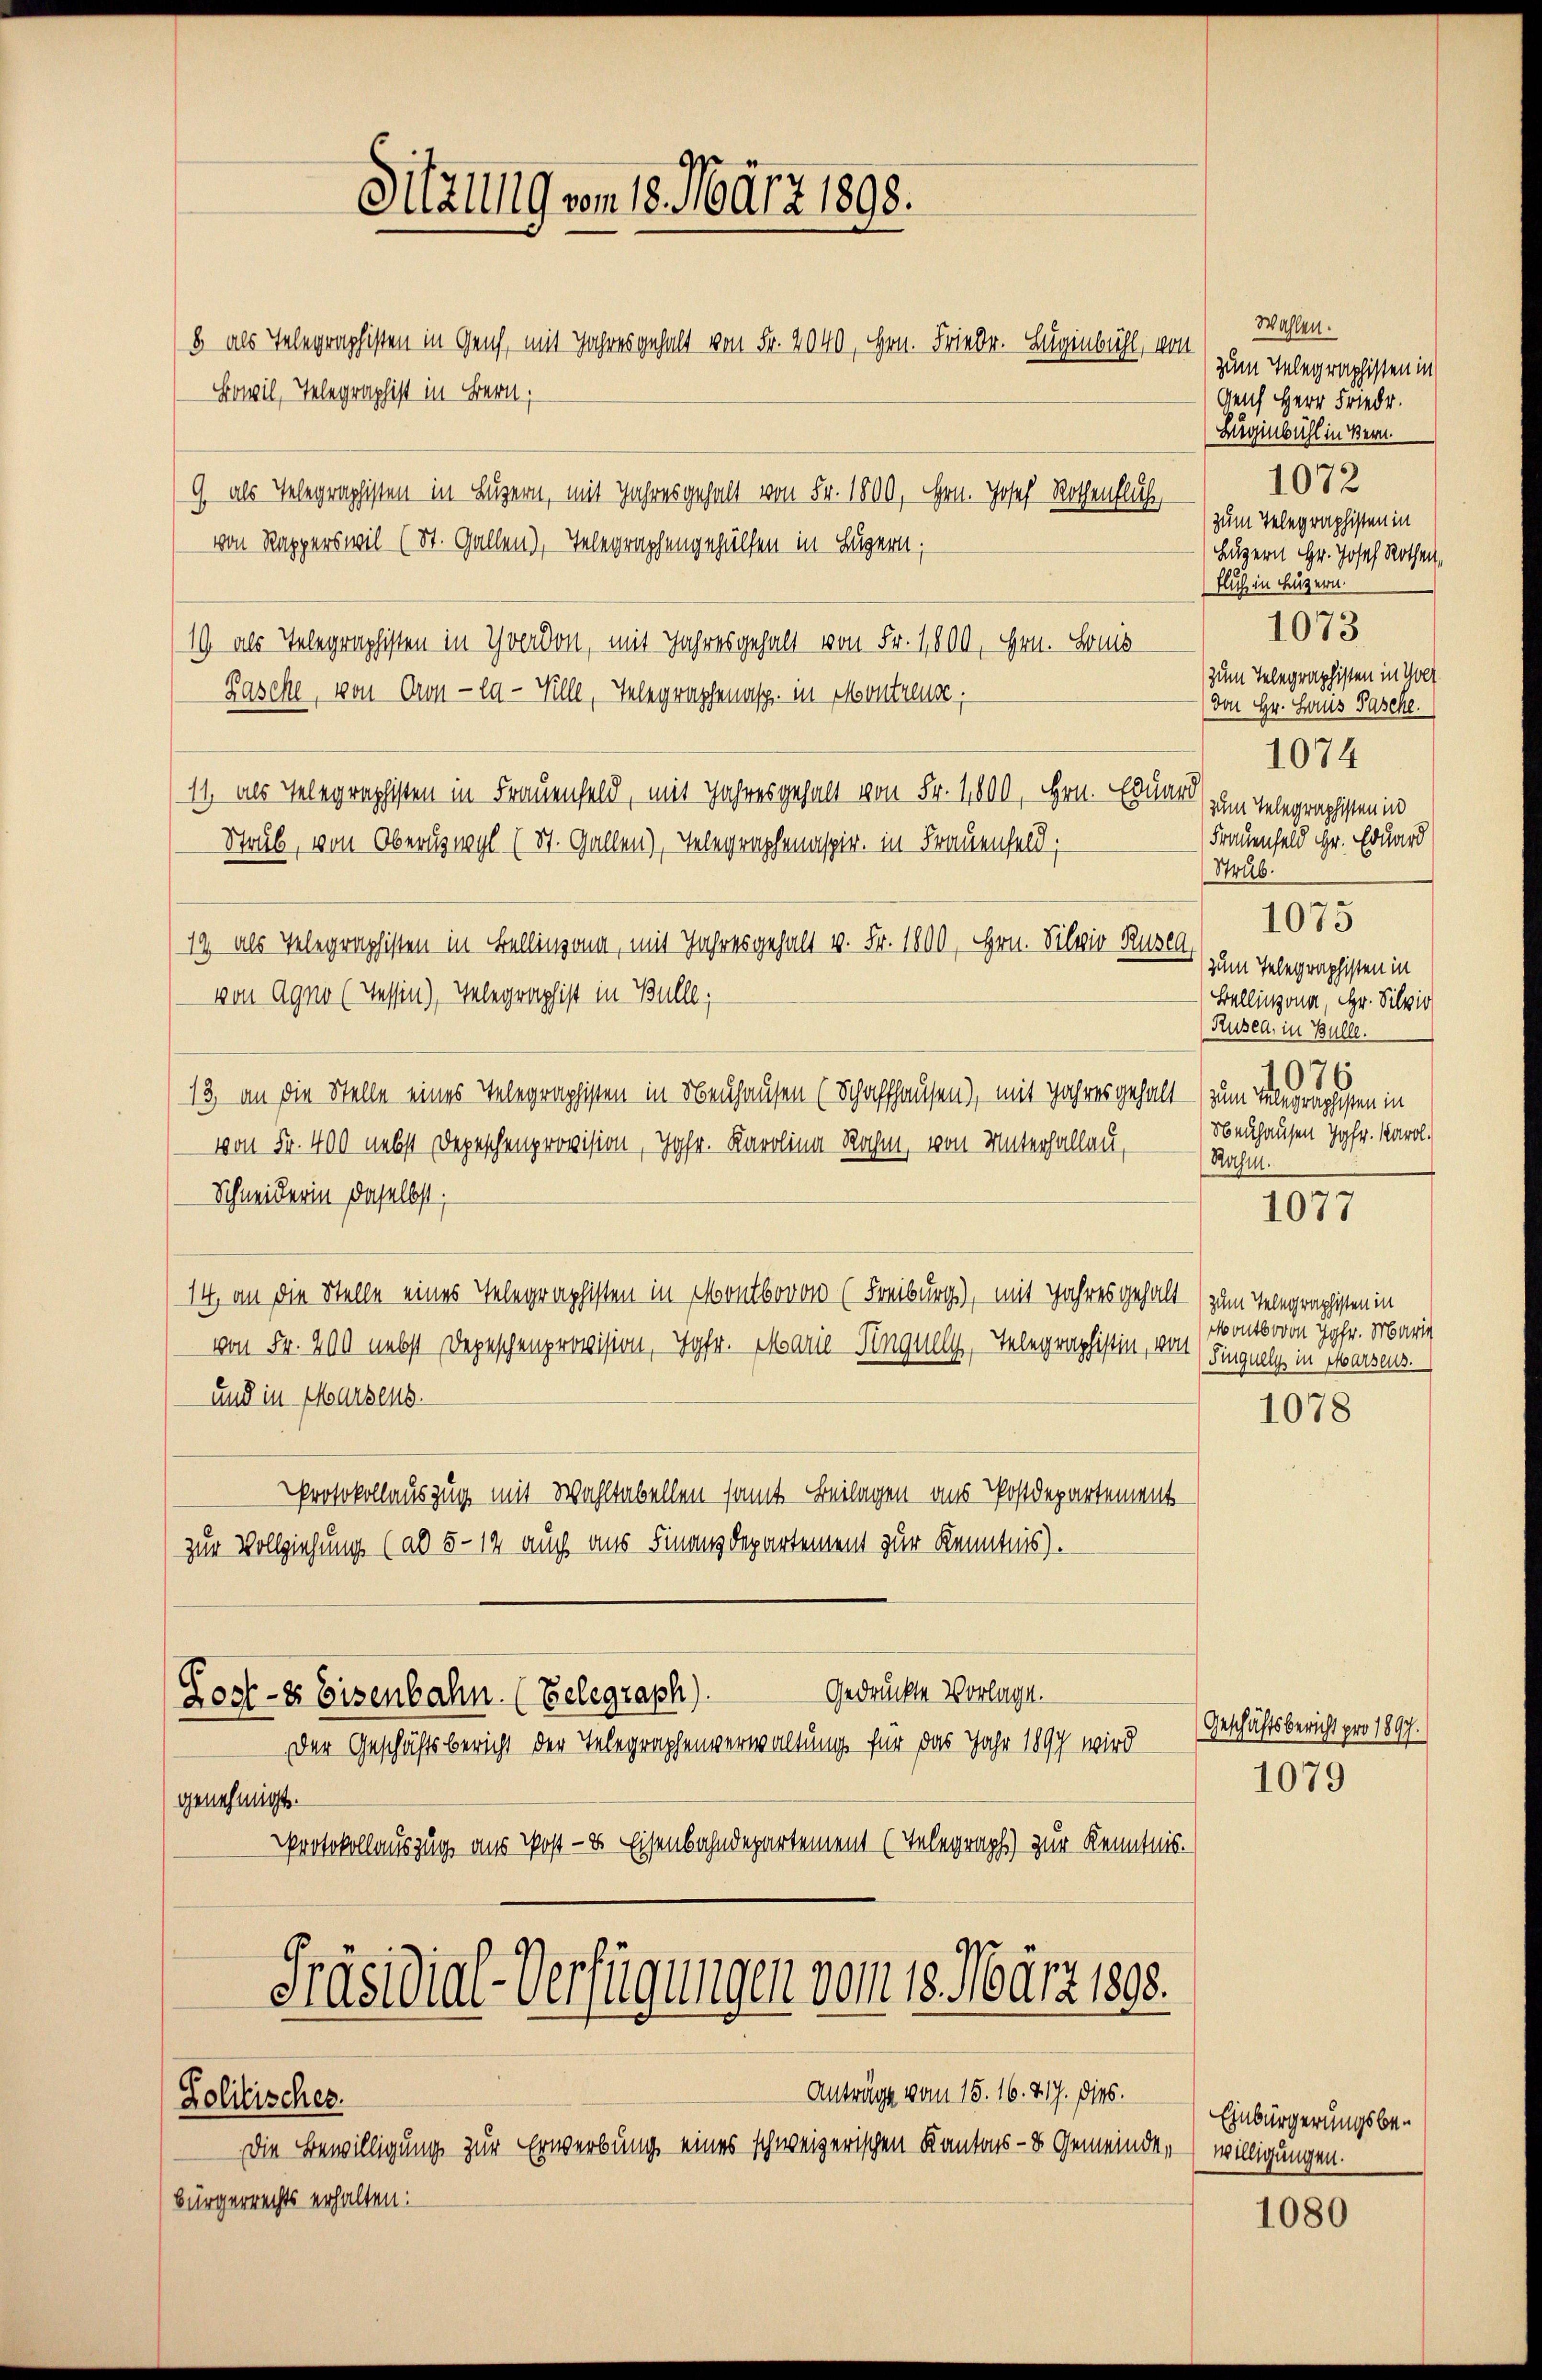
19 als Telegraphisten in Condon, mit Jahresgehalt von Fr. 1,800, Hrn. Louis
Pasche, von Cron-la- Wille, Telegraphenasp. in Montreux,
11. als Telegraphisten in Frauenfeld, mit Jahresgehalt von Fr. 1,800, Hrn. Eduard
Strub, von Obernswyl (St. Gallen), Telegraphenaspir. in Frauenfeld.
19 als Telegraphisten in Bellinzona, mit Jahresgehalt v. Fr. 1800, Hrn. Vilwig Rusen,
von Agno (Tessin), Velegraphist in Bulle;
13, an die Stelle eines Telegraphisten in Neuhausen (Schaffhausen), mit Jahres gehalt (zum Telegraphisten in
von Fr. 400 nebst Depeschenprovision, Jahr. Karolina Rahm, von Unterhallau,
Schneiderin daselbst;
14, an die Stelle eines Telegraphisten in Montbovon (Freiburg), mit Jahres gehalt (zum Telegraphisten in
von Fr. 200 nebst Depeschenprovision, Jgfr. Marie-Pinguely, Telegraphistin, wort (Singuel in Massens.
und in Marsens.
Protokollauszug mit Wohltabellen samt Beilagen aus Postdepartement
zur Vollziehung (al 5 - 14 auch aus Finanzdepartement zur Kenntnis).
Gedrückte Vorlage.
Lost- & Eisenbahn. (Belegraph).
Der Geschäftsbericht der Telegraphenverwaltung für das Jahr 1897 wird
genehmigt.
Protokollauszug aus Post - es Eisenbahndepartement (Telegraphi) zur Kenntnis.
Präsidial-Verfügungen vom 18. März 1898.

Sitzung vom 18. März 1898.
8 als Telegraphisten in Gerich, mit Jahres gehalt von Fr. 2040, Hrn. Friedr. Lugenbühl, von
Bowil, Telegraphist in Bern,
G. als Telegraphisten in Luzern, mit Jahresgehalt von Fr. 1800, Hrn. Josef Rothenfläche,
von Rapperswil (St. Gallen), Telegraphengehülfen in Luzern;

Anträge vom 15. 16. 217. dies.
Lolitisches.

Die Bewilligung zur Erwerbung eines schweizerischen Kantons- & Gemeinden willigungen.
Bürgerrechts erhalten:

Wahlen.
zum Telegraphisten in
Geich Herr Friedr.
Lugenbühl in Bern.
1072
zum Telegraphisten in
Luzern Hr. Josef Rothen,
fliche in Luzern.
1073
zum Telegraphisten in Golt
von Hr. Louis Pasche.
1074
zum Telegraphisten in
Frauenfeld Hr. Eduard
Strub.
1075
zum Telegraphisten in
Bellinzona, Hr. Silvio
Rusea, in Bulle.
1
76
Neuhausen Jahr. Karol.
Rahin.

1077

onts von Jahr. Marie
1078

Geschäftsbericht pro 1897.
1079

Einbürgerungsbe¬

1080